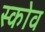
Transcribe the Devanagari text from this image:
स्‍कोव